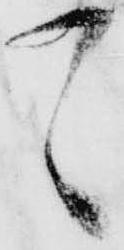
て